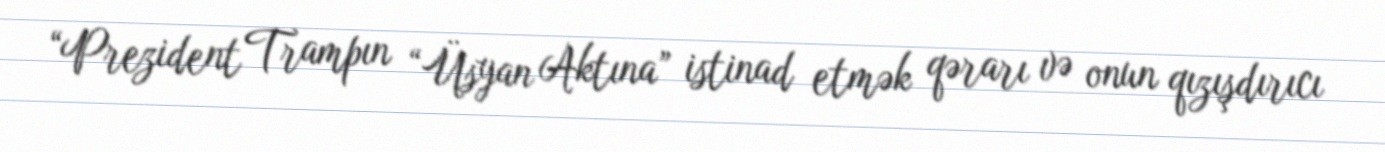
“Prezident Trampın “Üsyan Aktına” istinad etmək qərarı və onun qızışdırıcı